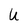
Character: U